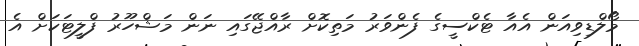
މޯލްޑިވިއަން އެއާ ޓެކްސީގެ ފެންވަރު މަތިކޮށް ރާއްޖޭގައި ނަން މަޝްހޫރު ފްލީޓަކަށް އެ